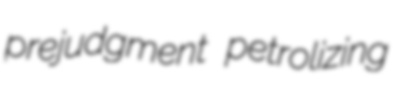
prejudgment petrolizing